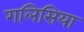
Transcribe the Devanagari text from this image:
गलिसिया